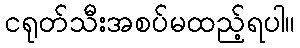
ငရုတ်သီးအစပ်မထည့်ရပါ။